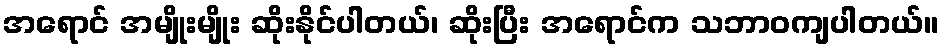
အရောင် အမျိုးမျိုး ဆိုးနိုင်ပါတယ်၊ ဆိုးပြီး အရောင်က သဘာဝကျပါတယ်။